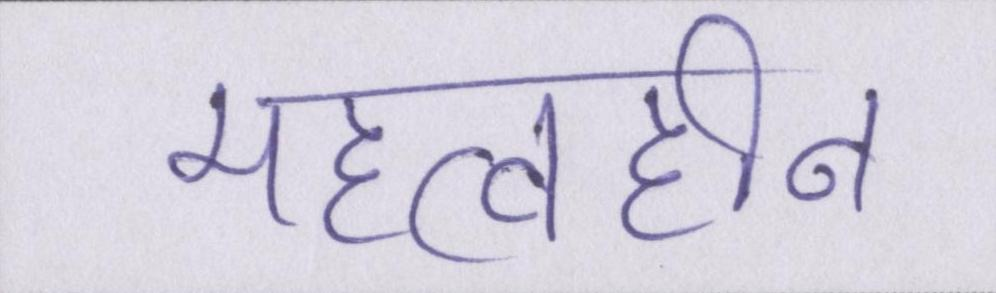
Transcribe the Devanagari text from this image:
महत्वहीन